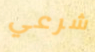
شرعي